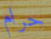
حرام